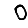
Digit: 0